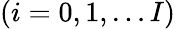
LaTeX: (i=0,1,\dots I)